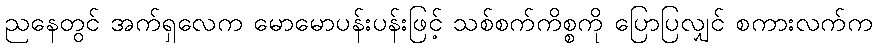
ညနေတွင် အက်ရှလေက မောမောပန်းပန်းဖြင့် သစ်စက်ကိစ္စကို ပြောပြလျှင် စကားလက်က